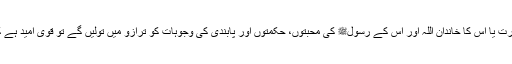
فقہی مباحث میں داخل ہوئے بغیر اگر مسلمان مرد یا عورت یا اس کا خاندان اللہ اور اس کے رسولﷺ کی محبتوں، حکمتوں اور پابندی کی وجوہات کو ترازو میں تولیں گے تو قوی امید ہے کہ وہ شادی کے لیے مسلمان جوڑے کا ہی انتخاب کریں۔